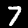
Label: 7